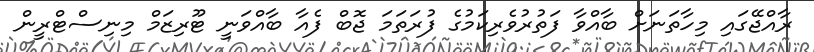
ރާއްޖޭގައި މިހާތަނަށް ބާއްވާ ފަތުރުވެރިކަމުގެ ފުރަތަމަ ޖޮބް ފެއާ ބާއްވަނީ ޓޫރިޒަމް މިނިސްޓްރީން